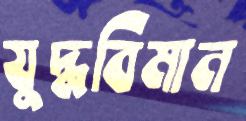
যুদ্ধবিমান